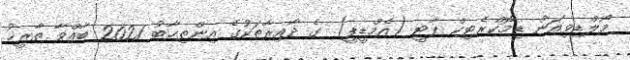
މޯލްޑިވިއަން ޑިމޮކްރެޓިކް ޕާޓީ (އެމްޑީޕީ) ގެ ދާއިރާތަކުގެ އިންތިޚާބު 2021 ބާއްވާ ތާރީޚު